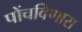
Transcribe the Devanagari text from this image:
पोंचविणारा